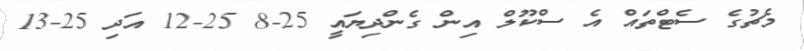
މެޗުގެ ސެޓްތައް އެ ސްކޫލް އިން ގެންދިޔައީ 25-8 25-12 އަދި 25-13